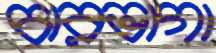
চারভাগা